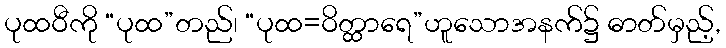
ပုထဝီကို “ပုထ”တည်၊ “ပုထ=ဝိတ္ထာရေ”ဟူသောအနက်၌ ဓာတ်မှည့်,